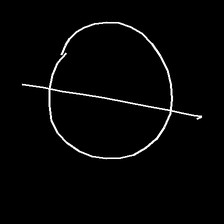
Glyph: orb